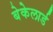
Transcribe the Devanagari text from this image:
बेकेलार्ड